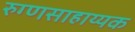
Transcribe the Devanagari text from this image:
रुग्णसाहाय्यक